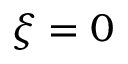
\xi = 0